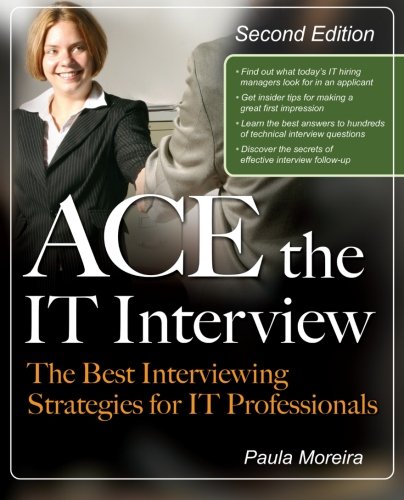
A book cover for Ace the IT Interview (Ace the It Job Interview); Paula Moreira; Business & Money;